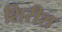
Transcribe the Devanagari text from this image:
शिरीश